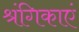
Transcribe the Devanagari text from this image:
श्रंगिकाएं